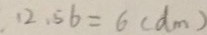
1 2 . 5 6 = 6 ( d m )